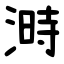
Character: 溡